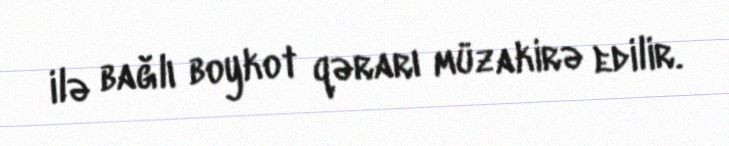
ilə bağlı boykot qərarı müzakirə edilir.